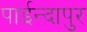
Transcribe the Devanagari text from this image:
पाईन्दापुर